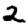
Digit: 2